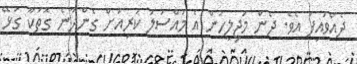
ދެއްވައިފަ އެވެ. ދެން މަޖިލީހުން އެ މައްސަލަ ކުރިއަށް ގެންދާނެ ގޮތަކާ ގުޅޭ